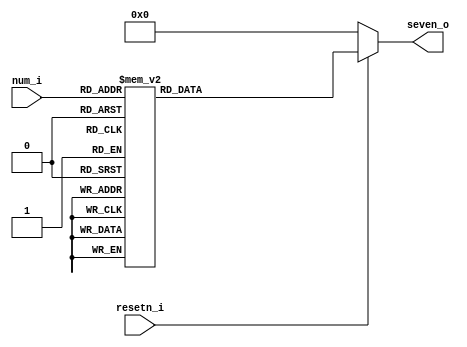
`timescale 1ns / 1ps
//////////////////////////////////////////////////////////////////////////////////
// Company: 
// Engineer: 
// 
// Design Name: 
// Module Name: seven_segment_decoder
// Project Name: 
// Target Devices: 
// Tool Versions: 
// Description: 
// 
// Dependencies: 
// 
// Revision:
// Revision 0.01 - File Created
// Additional Comments:
// 
//////////////////////////////////////////////////////////////////////////////////


module seven_segment_decoder(
    input [3:0] num_i,
    input resetn_i,
    output reg [6:0] seven_o
    );
    always@(*)begin
        if(!resetn_i)
            seven_o = 7'b0000000;
        else begin
            case(num_i)
                4'b0000: seven_o = 7'b1000000;//0
                4'b0001: seven_o = 7'b1111001;//1
                4'b0010: seven_o = 7'b0100100;//2
                4'b0011: seven_o = 7'b0110000;//3
                4'b0100: seven_o = 7'b0011001;//4
                4'b0101: seven_o = 7'b0010010;//5
                4'b0110: seven_o = 7'b0000010;//6
                4'b0111: seven_o = 7'b1111000;//7
                4'b1000: seven_o = 7'b0000000;//8
                4'b1001: seven_o = 7'b0011000;//9
                4'b1010: seven_o = 7'b0001000;//A
                4'b1011: seven_o = 7'b0000000;//B
                4'b1100: seven_o = 7'b1000110;//C
                4'b1101: seven_o = 7'b1000000;//D
                4'b1110: seven_o = 7'b0000110;//E
                4'b1111: seven_o = 7'b0001110;//F
            endcase
        end
    end
            
endmodule